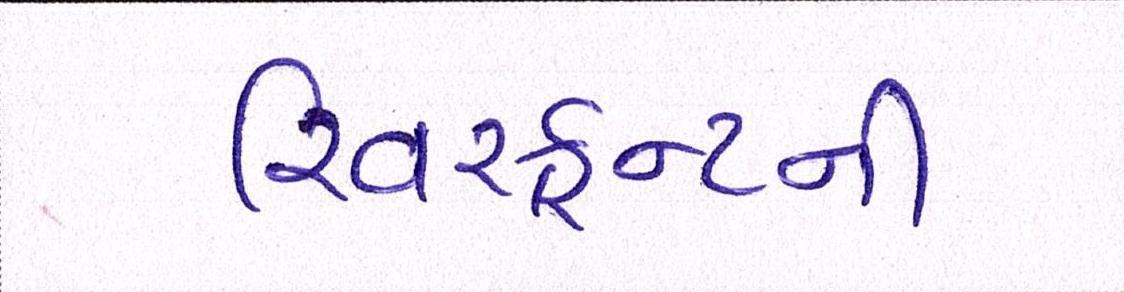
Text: રિવરફ્રન્ટની